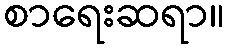
စာရေးဆရာ။